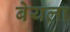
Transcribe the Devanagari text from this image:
बेयला